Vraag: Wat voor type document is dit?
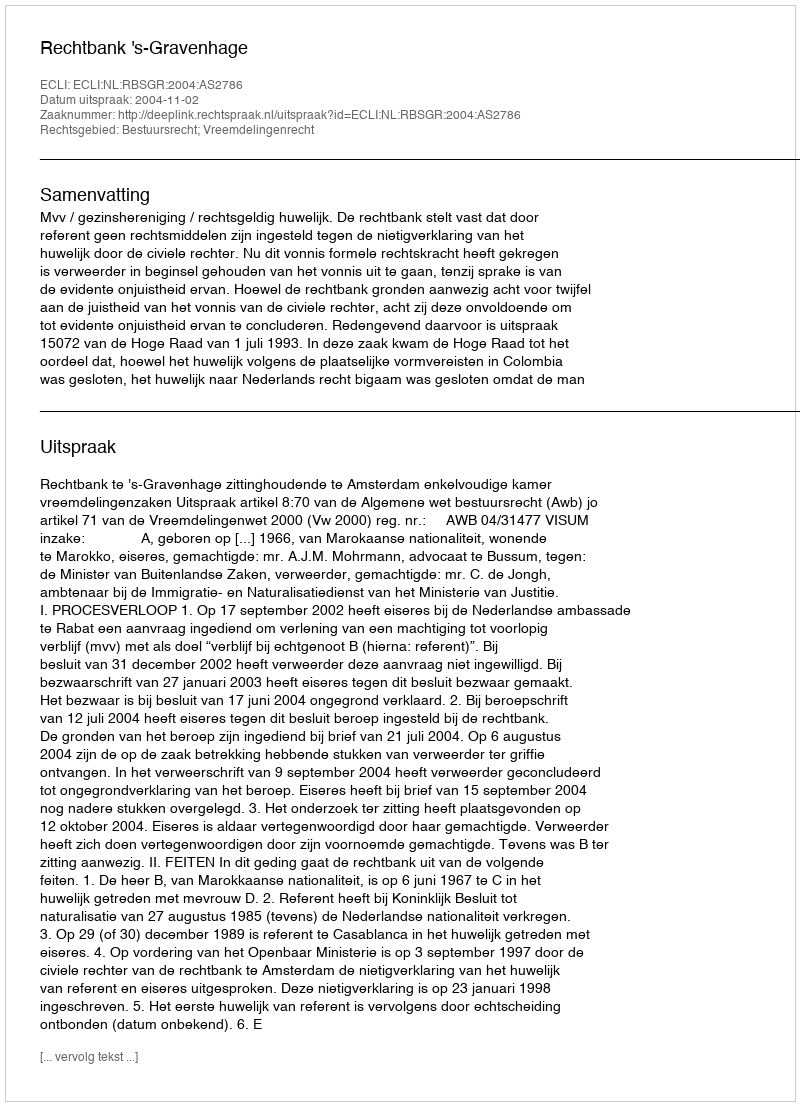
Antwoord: Uitspraak